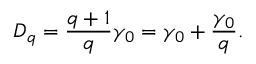
D _ { q } = \frac { q + 1 } { q } \gamma _ { 0 } = \gamma _ { 0 } + \frac { \gamma _ { 0 } } { q } .